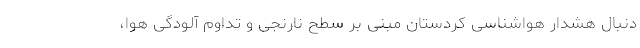
دنبال هشدار هواشناسی کردستان مبنی بر سطح نارنجی و تداوم آلودگی هوا،